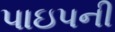
પાઇપની